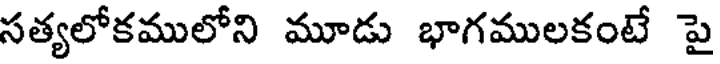
సత్యలోకములోని మూడు భాగములకంటే పై